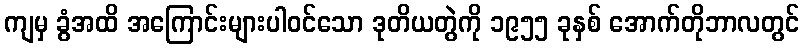
ကျမှ ခွံအထိ အကြောင်းများပါဝင်သော ဒုတိယတွဲကို ၁၉၅၅ ခုနှစ် အောက်တိုဘာလတွင်